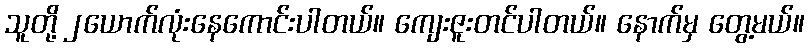
သူတို့ ၂ယောက်လုံးနေကောင်းပါတယ်။ ကျေးဇူးတင်ပါတယ်။ နောက်မှ တွေ့မယ်။